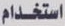
استخدام